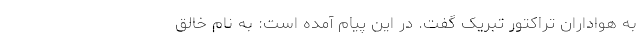
به هواداران تراکتور تبریک گفت. در این پیام آمده است: به نام خالق